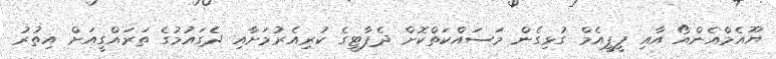
ޔޫއެމްއެންއޯ އާއި ޕީޕީއެމް ގުޅިގެން މަސައްކަތްކޮށް ދެޕާޓީގެ ކުރިއެރުމަށާއި ދެގައުމުގެ ތަރައްގީއަށް އިތުރު